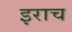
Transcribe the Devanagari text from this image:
इराच